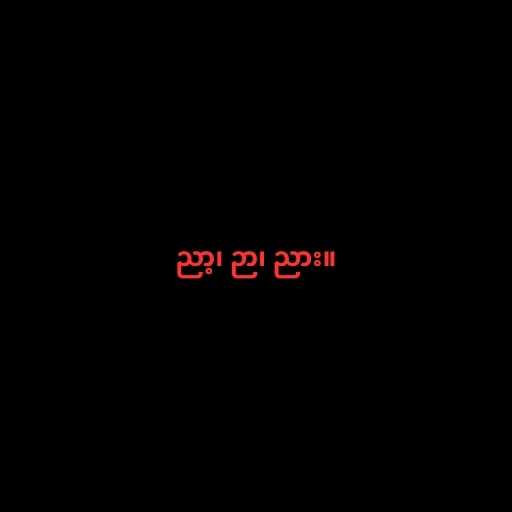
ညာ့၊ ဉာ၊ ညား။